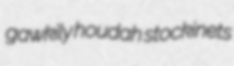
gawkily houdah stockinets